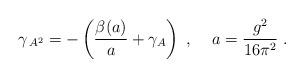
LaTeX: \begin{align*}\gamma _{\,A^{2}}=-\left( \frac{\beta (a)}{a}+\gamma _{A}\right)\;,\;\;\;\;a=\frac{g^{2}}{16\pi ^{2}}\;.\end{align*}